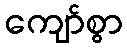
ကျော်စွာ